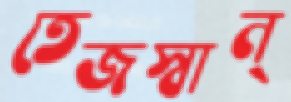
তেজস্বান্‌